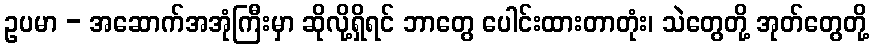
ဥပမာ - အဆောက်အအုံကြီးမှာ ဆိုလို့ရှိရင် ဘာတွေ ပေါင်းထားတာတုံး၊ သဲတွေတို့ အုတ်တွေတို့